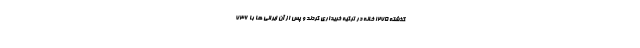
گذشته ۱۲۷۵ خانه در ترکیه خریداری کردند و پس از آن ایرانی ها با ۷۳۶